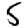
Digit: 5